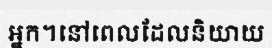
អ្នក។នៅពេលដែលនិយាយ